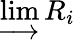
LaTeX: \varinjlim R_{i}